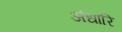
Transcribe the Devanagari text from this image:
अंधारि